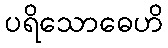
ပရိသောဓေဟိ